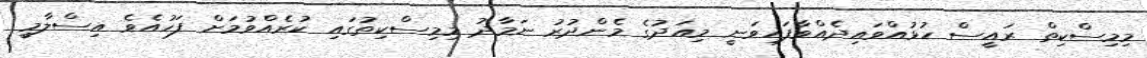
މިމިސްކިތް ރައީސް ހުޅުއްވައިދެއްވާފައިވަނީ މިއަދުގެ މެންދުރު ނަމާދު މިމިސްކިތުގައި ކުރެއްވުމަށް ފަހުއެވެ އިސްލާމީ